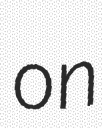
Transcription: on